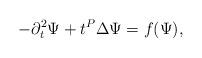
LaTeX: \begin{align*} -\partial_t^2 \Psi + t^P \Delta \Psi & = f(\Psi),\end{align*}